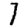
Digit: 7